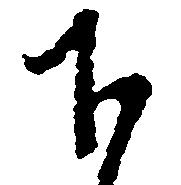
下